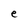
Character: e